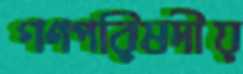
গণপরিষদীয়